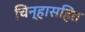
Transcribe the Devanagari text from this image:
चिन्हासहित